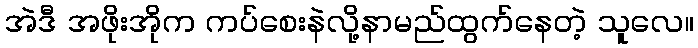
အဲဒီ အဖိုးအိုက ကပ်စေးနဲလို့နာမည်ထွက်နေတဲ့ သူလေ။